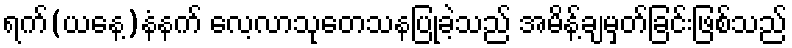
ရက်(ယနေ့)နံနက် လေ့လာသုတေသနပြုခဲ့သည် အမိန့်ချမှတ်ခြင်းဖြစ်သည်